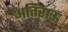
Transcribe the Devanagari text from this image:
अतिराऊ